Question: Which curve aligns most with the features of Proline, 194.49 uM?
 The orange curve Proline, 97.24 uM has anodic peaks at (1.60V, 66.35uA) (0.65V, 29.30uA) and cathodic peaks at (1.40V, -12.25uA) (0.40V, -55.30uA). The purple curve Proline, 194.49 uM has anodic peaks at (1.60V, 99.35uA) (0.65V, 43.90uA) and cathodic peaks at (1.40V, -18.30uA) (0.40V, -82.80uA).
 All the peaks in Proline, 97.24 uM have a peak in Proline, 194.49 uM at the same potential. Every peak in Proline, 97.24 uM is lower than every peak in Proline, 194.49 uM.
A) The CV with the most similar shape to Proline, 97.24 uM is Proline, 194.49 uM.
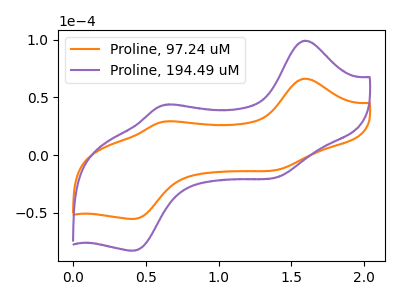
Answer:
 <answer>A) The CV with the most similar shape to "Proline, 97.24 uM" is "Proline, 194.49 uM".</answer>
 <eval>A</eval>